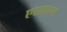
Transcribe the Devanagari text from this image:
एसएएच